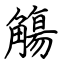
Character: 觴